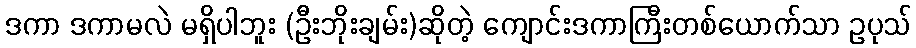
ဒကာ ဒကာမလဲ မရှိပါဘူး (ဦးဘိုးချမ်း)ဆိုတဲ့ ကျောင်းဒကာကြီးတစ်ယောက်သာ ဥပုသ်